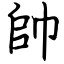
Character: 帥